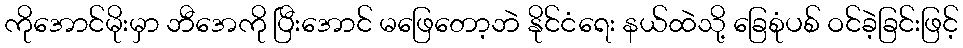
ကိုအောင်မိုးမှာ ဘီအေကို ပြီးအောင် မဖြေတော့ဘဲ နိုင်ငံရေး နယ်ထဲသို့ ခြေစုံပစ် ဝင်ခဲ့ခြင်းဖြင့်